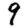
Digit: 9